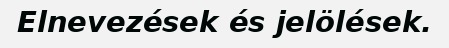
Elnevezések és jelölések.